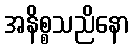
အနိစ္စသညိနော